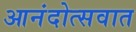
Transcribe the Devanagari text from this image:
आनंदोत्सवात